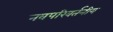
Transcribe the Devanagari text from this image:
नवपरिवर्तनीय